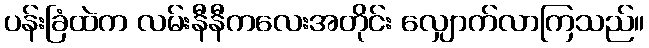
ပန်းခြံထဲက လမ်းနီနီကလေးအတိုင်း လျှောက်လာကြသည်။